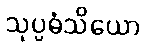
သုပ္ပဓံသိယော